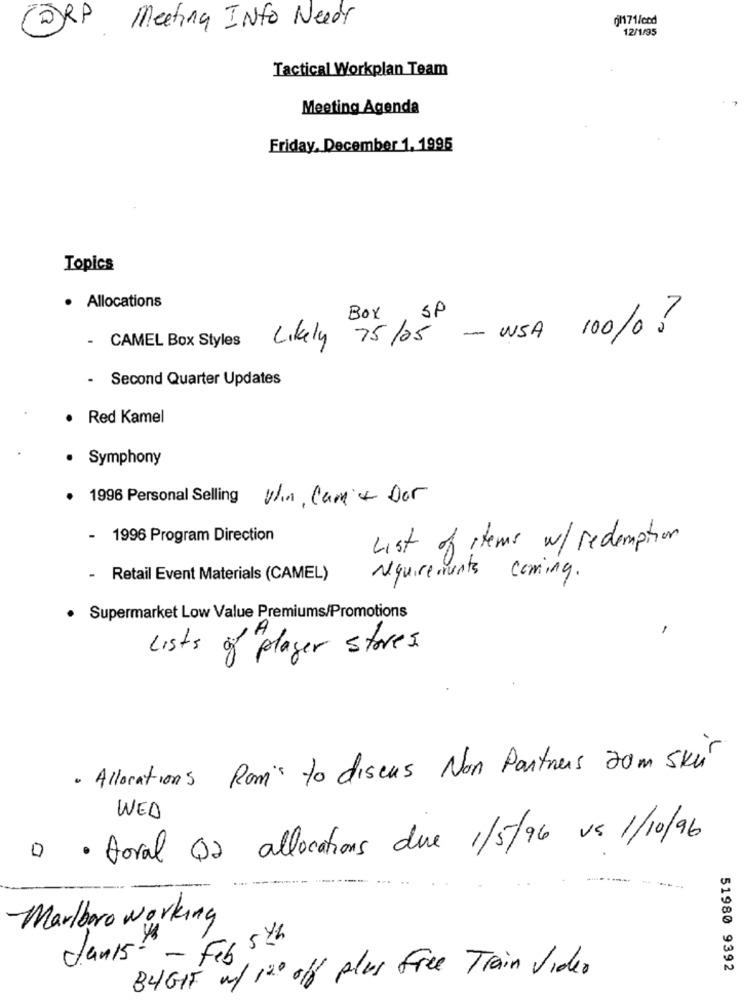
CORP
gh171/cod
Meeting INfo Needs
12/1/35
Tactical Workplan Team
Meeting Agenda
Friday, December 1. 1995
Topics
· Allocations
CAMEL Box Styles
Likely 75/05 - USA 100/0 ?
-
- Second Quarter Updates
· Red Kamel
· Symphony
· 1996 Personal Selling V ., Car + Dor
- 1996 Program Direction
List of items w/redemption
- Retail Event Materials (CAMEL)
requirements coming.
· Supermarket Low Value Premiums/Promotions
1
Lists of"player stores.
· Allocations Rom's to discus Non Partners 20m SKU
WED
a · toral 12 allocations due 1/5/96 us 1/10/96
Marlboro working
Janis- - Feb 5 th
51980 9392
BUGIF m/ 120 off plus Free Train Video